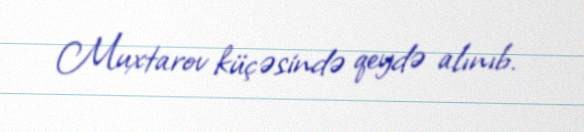
Muxtarov küçəsində qeydə alınıb.